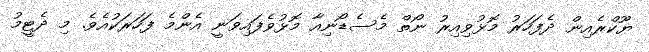
ޔޫކްރެއިން ދެފަހަރު މޮޅުވިއިރު ނޯތް މެސެޑޯނިއާ މޮޅުވެފައިވަނީ އެންމެ ފަހަރަކުއެވެ. މި ދެޓީމު